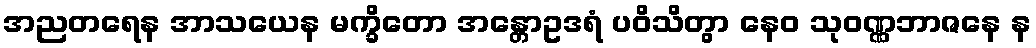
အညတရေန အာသယေန မက္ခိတော အန္တောဥဒရံ ပဝိသိတွာ နေဝ သုဝဏ္ဏဘာဇနေ န